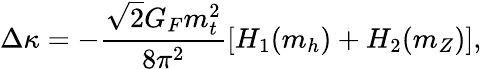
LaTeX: \Delta\kappa=-\frac{\sqrt{2}G_{F}m_{t}^{2}}{8\pi^{2}}[H_{1}(m_{h})+H_{2}(m_{Z})],